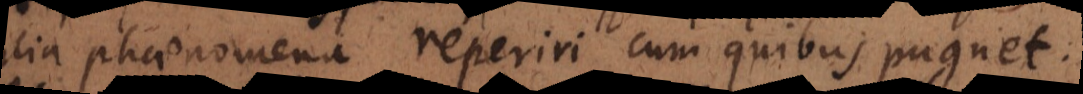
alia phaenomena reperiri cum quibus pugnet.